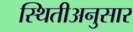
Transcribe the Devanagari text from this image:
स्थितीअनुसार